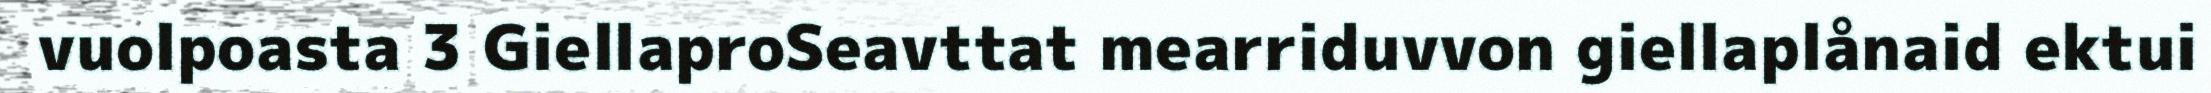
vuolpoasta 3 GiellaproSeavttat mearriduvvon giellaplånaid ektui